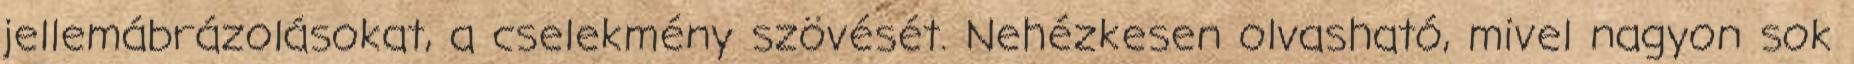
jellemábrázolásokat, a cselekmény szövését. Nehézkesen olvasható, mivel nagyon sok